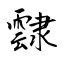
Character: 霴